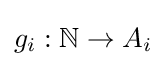
g_{i}:\mathbb {N} \to A_{i}